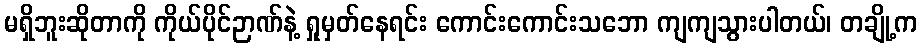
မရှိဘူးဆိုတာကို ကိုယ်ပိုင်ဉာဏ်နဲ့ ရှုမှတ်နေရင်း ကောင်းကောင်းသဘော ကျကျသွားပါတယ်၊ တချို့က